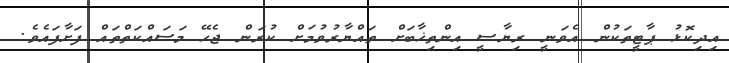
އިދިކޮޅު ޕާޓީތަކުން އެވަނީ ރިޔާސީ އިންތިޚާބަށް ތައްޔާރުވުމަށް ކުރަން ޖެހޭ މަސައްކަތްތައް ފަށާފައެވެ.